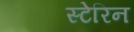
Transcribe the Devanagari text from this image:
स्टेरिन